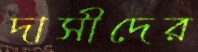
দাসীদের